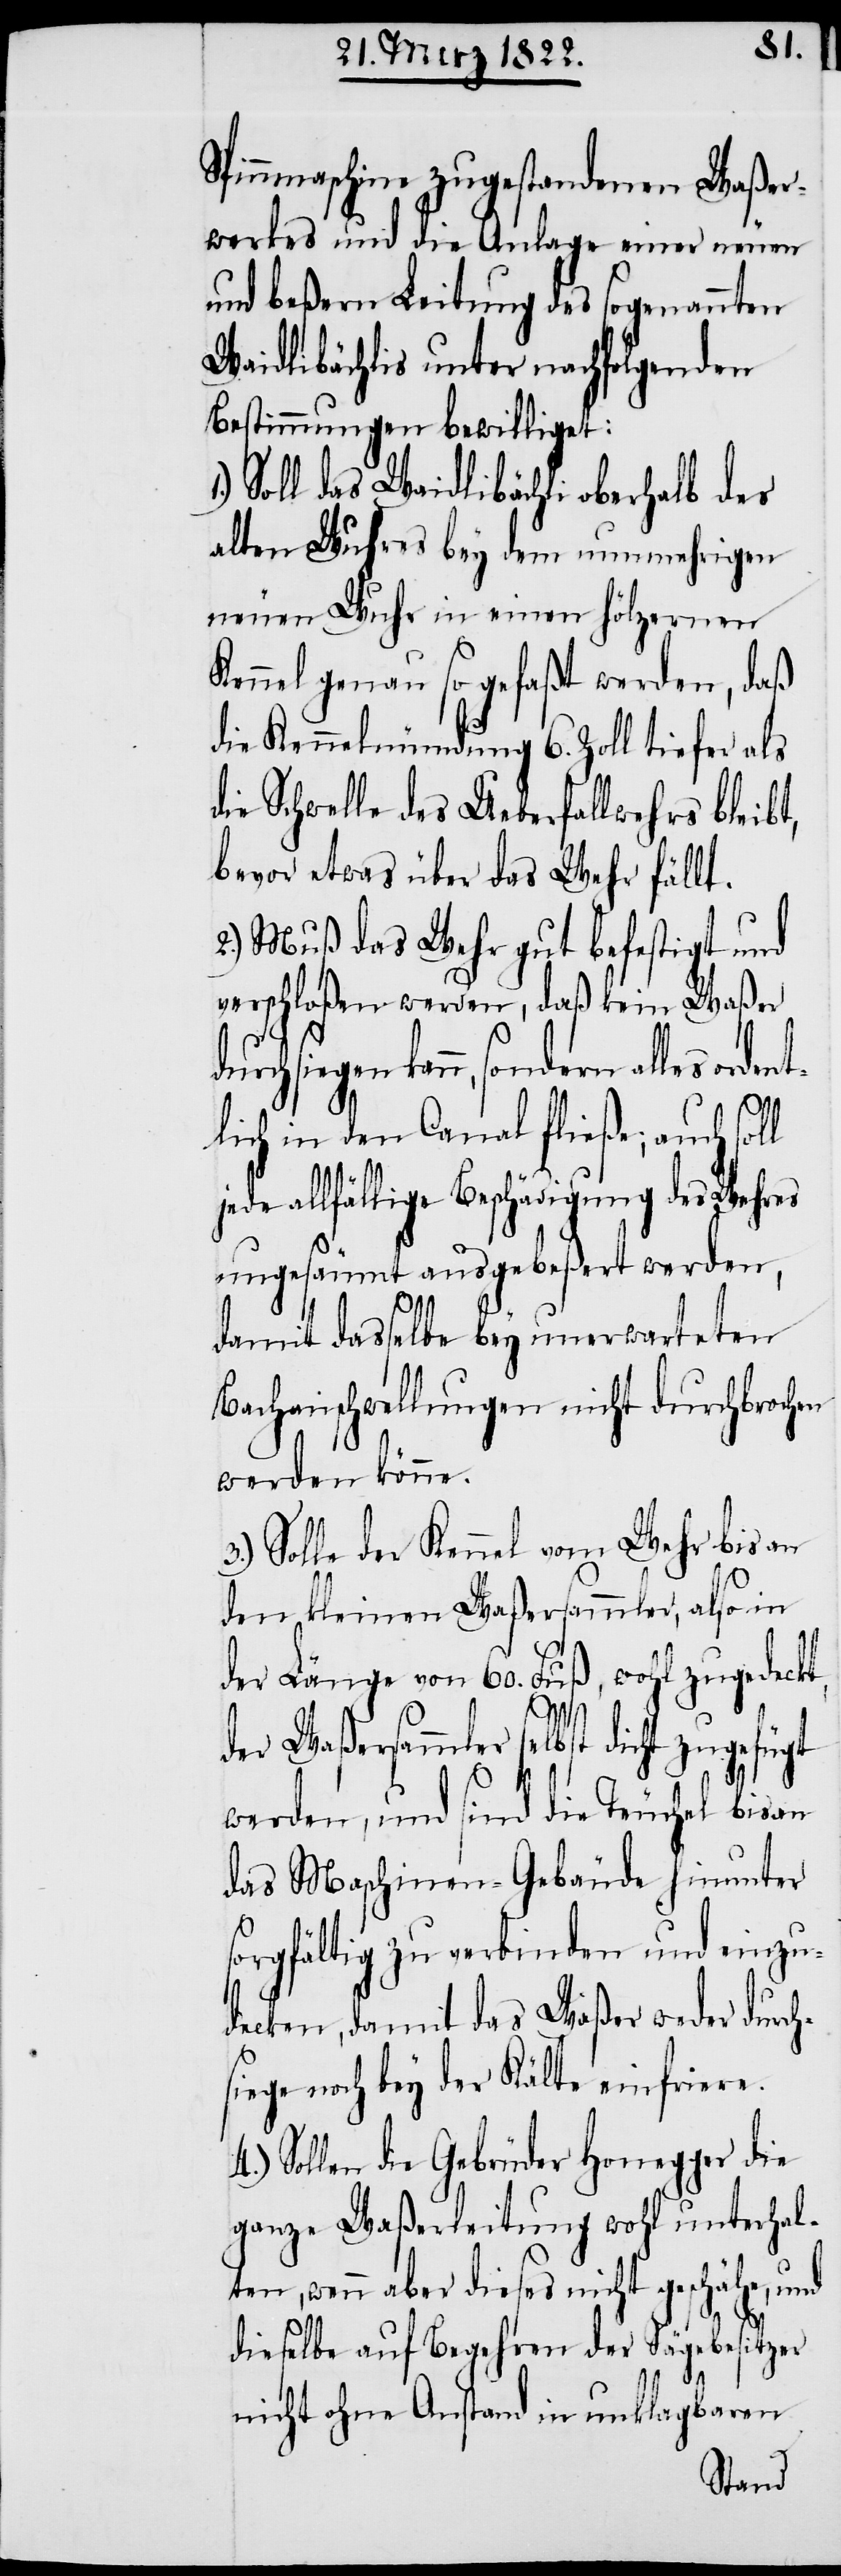
Spinnmaschine zugestandenen Waßer¬
werkes und die Anlage einer neuen
und beßern Leitung des sogenannten
Waidlibächlis unter nachfolgenden
Bestimmungen bewilliget:
Soll das Waidlibächli oberhalb des
alten Wuhres bey dem nunmehrigen
neuen Wuhr in einem hölzernen
Kennel genau so gefaßt werden, daß
die Kennelmündung 6. Zoll tiefer als
die Schwelle des Ueberfallwehrs bleibt,
bevor etwas über das Wehr fällt.
2.) Muß das Wehr gut befestigt und
verschloßen werden, daß kein Waßer
alles ordent¬
lich in den Canal fließe; auch sol¬
allfällige Beschädigung des Wehres
ungesäumt ausgebeßert werden,
l
damit dasselbe bey unerwarteten
Bachanschwelllungen nicht durchbrochen
werden könne.
Solle der Kennel vom Wehr bis an
den kleinen Waßersammler, also in
der Länge von 60. Fuß, wohl zugedeckt,
der Waßersammler selbst dicht
werden, und sind die Teuchel bis an
das Maschinen-Gebäude hinunter
sorgfältig zu verbinden und einzu¬
decken, damit das Waßer weder durch¬
siege noch bey der Kälte einfriere.
4.) Sollen die Gebrüder Honegger die
ganze Waßerleitung wohl unterhal¬
ten, wenn aber dieses nicht geschähe,
dieselbe auf Begehren der Sägebesitzer
nicht ohne Anstand in unklagbaren